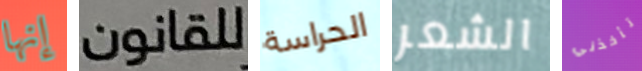
إنها للقانون الحراسة الشعر تأخذني